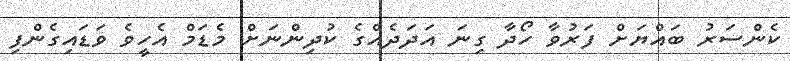
ކެންސަރު ބައްޔަށް ފަރުވާ ހޯދާ ގިނަ އަދަދެއްގެ ކުދިންނަށް މެޑަމް އެހީވެ ވަޑައިގެންފި